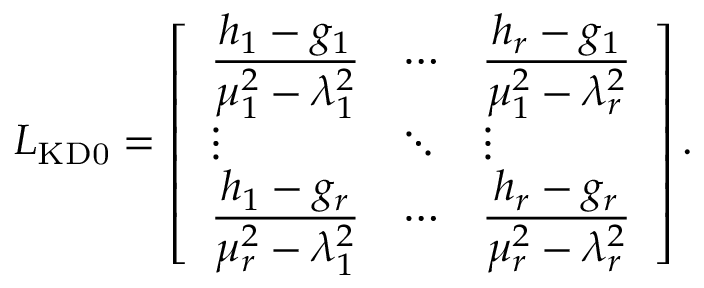
\ensuremath { \boldsymbol { L } } _ { \mathrm { K D 0 } } = \left[ \begin{array} { l l l } { \frac { \displaystyle h _ { 1 } - g _ { 1 } } { \displaystyle \mu _ { 1 } ^ { 2 } - \lambda _ { 1 } ^ { 2 } } } & { \cdots } & { \frac { \displaystyle h _ { r } - g _ { 1 } } { \displaystyle \mu _ { 1 } ^ { 2 } - \lambda _ { r } ^ { 2 } } } \\ { \vdots } & { \ddots } & { \vdots } \\ { \frac { \displaystyle h _ { 1 } - g _ { r } } { \displaystyle \mu _ { r } ^ { 2 } - \lambda _ { 1 } ^ { 2 } } } & { \cdots } & { \frac { \displaystyle h _ { r } - g _ { r } } { \displaystyle \mu _ { r } ^ { 2 } - \lambda _ { r } ^ { 2 } } } \end{array} \right] .